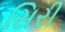
સિરી